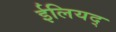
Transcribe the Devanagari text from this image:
ईलियद्